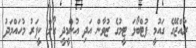
ރާއްޖޭގެ ގައުމީ ފުޓްބޯޅަ ޓީމުގެ ޒުވާން އަދި އުންމީދީ ގޯލް ކީޕަރު މުހައްމަދު